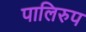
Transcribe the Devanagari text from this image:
पालिरुप